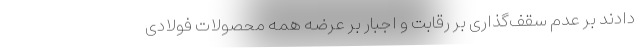
دادند بر عدم سقف‌گذاری بر رقابت و اجبار بر عرضه همه محصولات فولادی